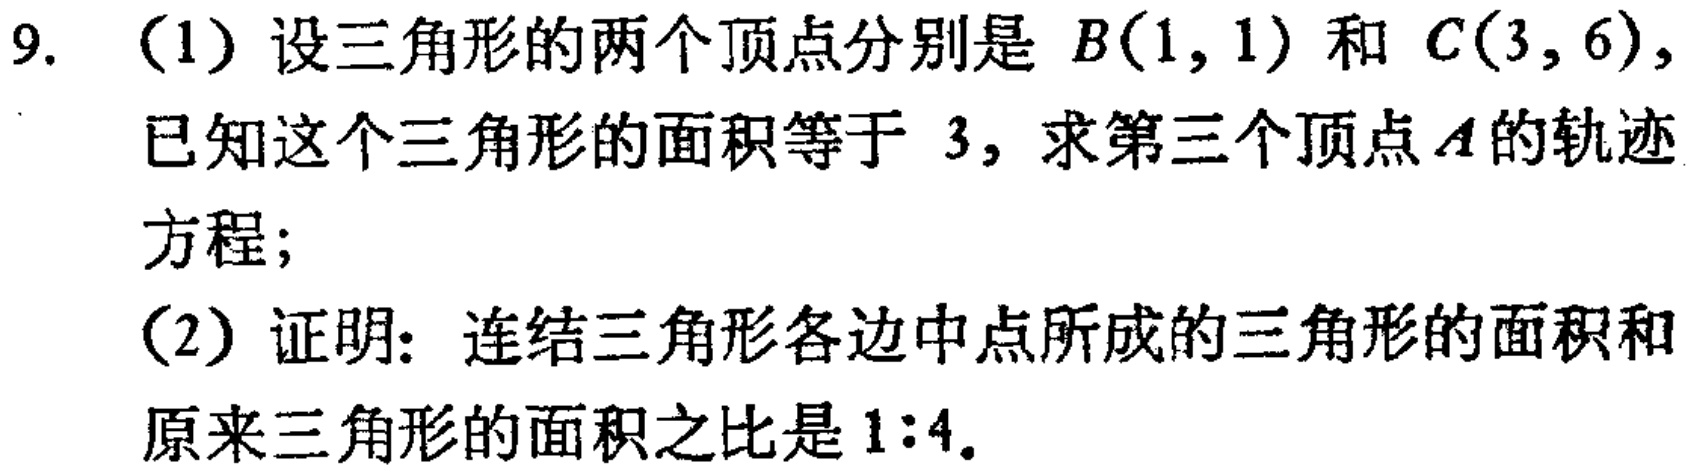
9. （1）设三角形的两个顶点分别是 \(B(1,1)\) 和 \(C(3,6)\)，已知这个三角形的面积等于 \(3\)，求第三个顶点 \(A\) 的轨迹方程；
（2）证明：连结三角形各边中点所成的三角形的面积和原来三角形的面积之比是 \(1:4\)。